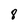
Character: 8